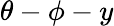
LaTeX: \theta-\phi-y